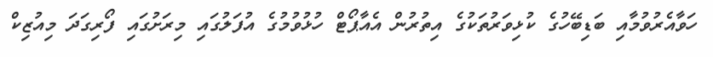
ހަވާއެރުވުމާއި ބަޑިބޭހުގެ ކުޅިވަރުތަކުގެ އިތުރުން އެއާޕޯޓް ހުޅުވުމުގެ އުފަލުގައި މިރަށުގައި ފޯރިގަދަ މިއުޒިކް